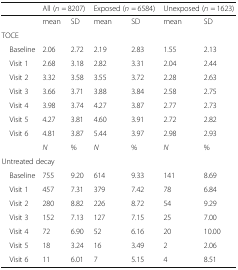
|  | <COLSPAN=2> All (n = 8207) | <COLSPAN=2> Exposed (n = 6584) | <COLSPAN=2> Unexposed (n = 1623) |
 | --- | --- | --- | --- | --- | --- | --- |
 |  | mean | SD | mean | SD | mean | SD |
 | <COLSPAN=7> TOCE |
 | Baseline | 2.06 | 2.72 | 2.19 | 2.83 | 1.55 | 2.13 |
 | Visit 1 | 2.68 | 3.18 | 2.82 | 3.31 | 2.04 | 2.44 |
 | Visit 2 | 3.32 | 3.58 | 3.55 | 3.72 | 2.28 | 2.63 |
 | Visit 3 | 3.66 | 3.71 | 3.88 | 3.84 | 2.58 | 2.75 |
 | Visit 4 | 3.98 | 3.74 | 4.27 | 3.87 | 2.77 | 2.73 |
 | Visit 5 | 4.27 | 3.81 | 4.60 | 3.91 | 2.72 | 2.82 |
 | Visit 6 | 4.81 | 3.87 | 5.44 | 3.97 | 2.98 | 2.93 |
 |  | N | % | N | % | N | % |
 | <COLSPAN=7> Untreated decay |
 | Baseline | 755 | 9.20 | 614 | 9.33 | 141 | 8.69 |
 | Visit 1 | 457 | 7.31 | 379 | 7.42 | 78 | 6.84 |
 | Visit 2 | 280 | 8.82 | 226 | 8.72 | 54 | 9.29 |
 | Visit 3 | 152 | 7.13 | 127 | 7.15 | 25 | 7.00 |
 | Visit 4 | 72 | 6.90 | 52 | 6.16 | 20 | 10.00 |
 | Visit 5 | 18 | 3.24 | 16 | 3.49 | 2 | 2.06 |
 | Visit 6 | 11 | 6.01 | 7 | 5.15 | 4 | 8.51 |